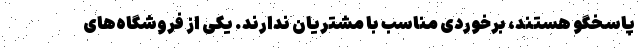
پاسخگو هستند، برخوردی مناسب با مشتریان ندارند. یکی از فروشگاه‌های